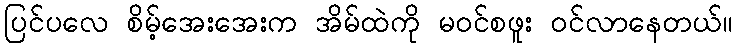
ပြင်ပလေ စိမ့်အေးအေးက အိမ်ထဲကို မဝင်စဖူး ဝင်လာနေတယ်။